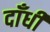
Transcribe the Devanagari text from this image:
दाँधी